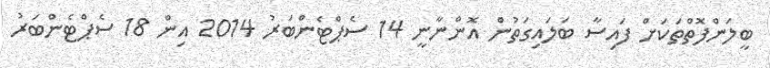
ބީލަންފޮތްތަކަށް ފައިސާ ބަލައިގަތުން އޮންނާނީ 14 ސެޕްޓެންބަރު 2014 އިން 18 ސެޕްޓެންބަރު